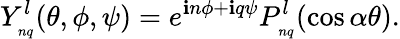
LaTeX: Y_{_{nq}}^{l}(\theta,\phi,\psi)=e^{\mathbf{i}n\phi+\mathbf{i}q\psi}P_{_{nq}}^{l}(\cos\alpha\theta).